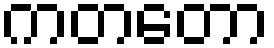
ကတတော